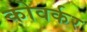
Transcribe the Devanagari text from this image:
कोवर्कर